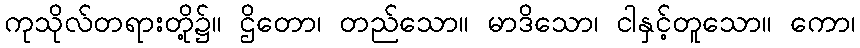
ကုသိုလ်တရားတို့၌။ ဌိတော၊ တည်သော။ မာဒိသော၊ ငါနှင့်တူသော။ ကော၊